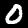
Label: 0